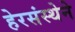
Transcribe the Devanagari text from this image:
हेरसंस्थेने